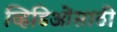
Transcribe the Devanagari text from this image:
व्हिडिओंसाठी